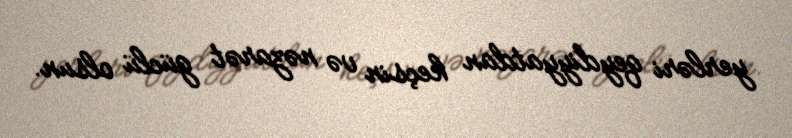
yerləri qeydiyyatdan keçsin və nəzarət güclü olsun.